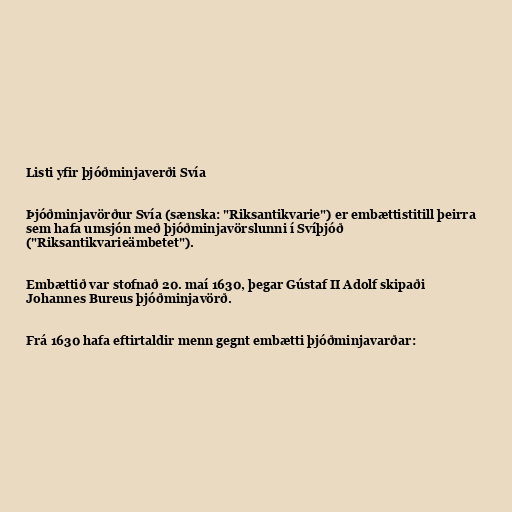
Listi yfir þjóðminjaverði Svía

Þjóðminjavörður Svía (sænska: "Riksantikvarie") er embættistitill þeirra
sem hafa umsjón með þjóðminjavörslunni í Svíþjóð
("Riksantikvarieämbetet").

Embættið var stofnað 20. maí 1630, þegar Gústaf II Adolf skipaði
Johannes Bureus þjóðminjavörð.

Frá 1630 hafa eftirtaldir menn gegnt embætti þjóðminjavarðar: